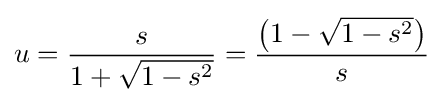
u={\frac {s}{1+{\sqrt {1-s^{2}}}}}={\frac {\left(1-{\sqrt {1-s^{2}}}\right)}{s}}